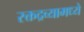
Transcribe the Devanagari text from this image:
रक्तद्रव्यामध्ये